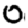
Digit: 0